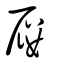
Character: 屨